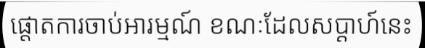
ផ្តោតការចាប់អារម្មណ៍ ខណៈដែលសប្តាហ៍នេះ